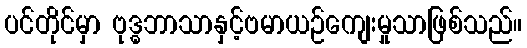
ပင်တိုင်မှာ ဗုဒ္ဓဘာသာနှင့်ဗမာယဉ်ကျေးမှုသာဖြစ်သည်။